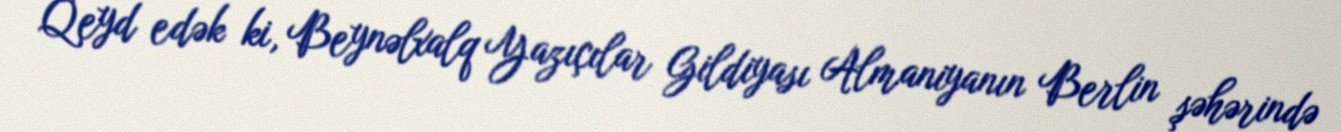
Qeyd edək ki, Beynəlxalq Yazıçılar Gildiyası Almaniyanın Berlin şəhərində